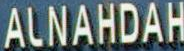
ALNAHDAH